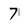
Character: 7